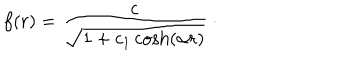
LaTeX: f ( r ) = \frac { c } { \sqrt { 1 + c _ { 1 } \cosh \left( \alpha r \right) } } \ \cdot